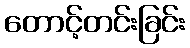
တောင့်တင်းခြင်း